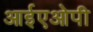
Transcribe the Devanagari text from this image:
आईएओपी